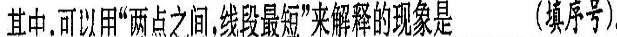
其中，可以用“两点之间，线段最短”来解释的现象是___（填序号）